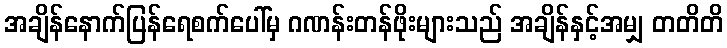
အချိန်နောက်ပြန်ရေစက်ပေါ်မှ ဂဏန်းတန်ဖိုးများသည် အချိန်နှင့်အမျှ တတိတိ